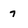
Character: 7